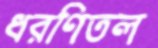
ধরণিতল